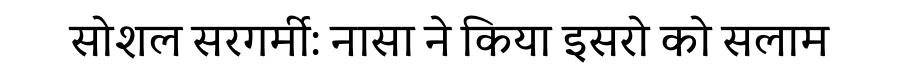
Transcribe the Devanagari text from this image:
सोशल सरगर्मी: नासा ने किया इसरो को सलाम